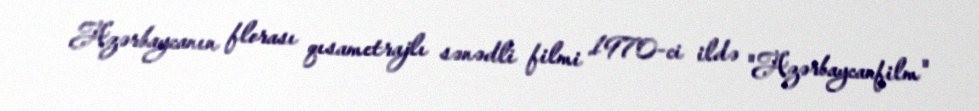
Azərbaycanın florası qısametrajlı sənədli filmi 1970-ci ildə "Azərbaycanfilm"